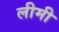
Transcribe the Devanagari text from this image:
लीमी